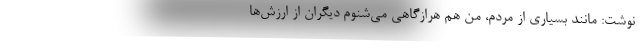
نوشت: مانند بسیاری از مردم، من هم هرازگاهی می‌شنوم دیگران از ارزش‌ها